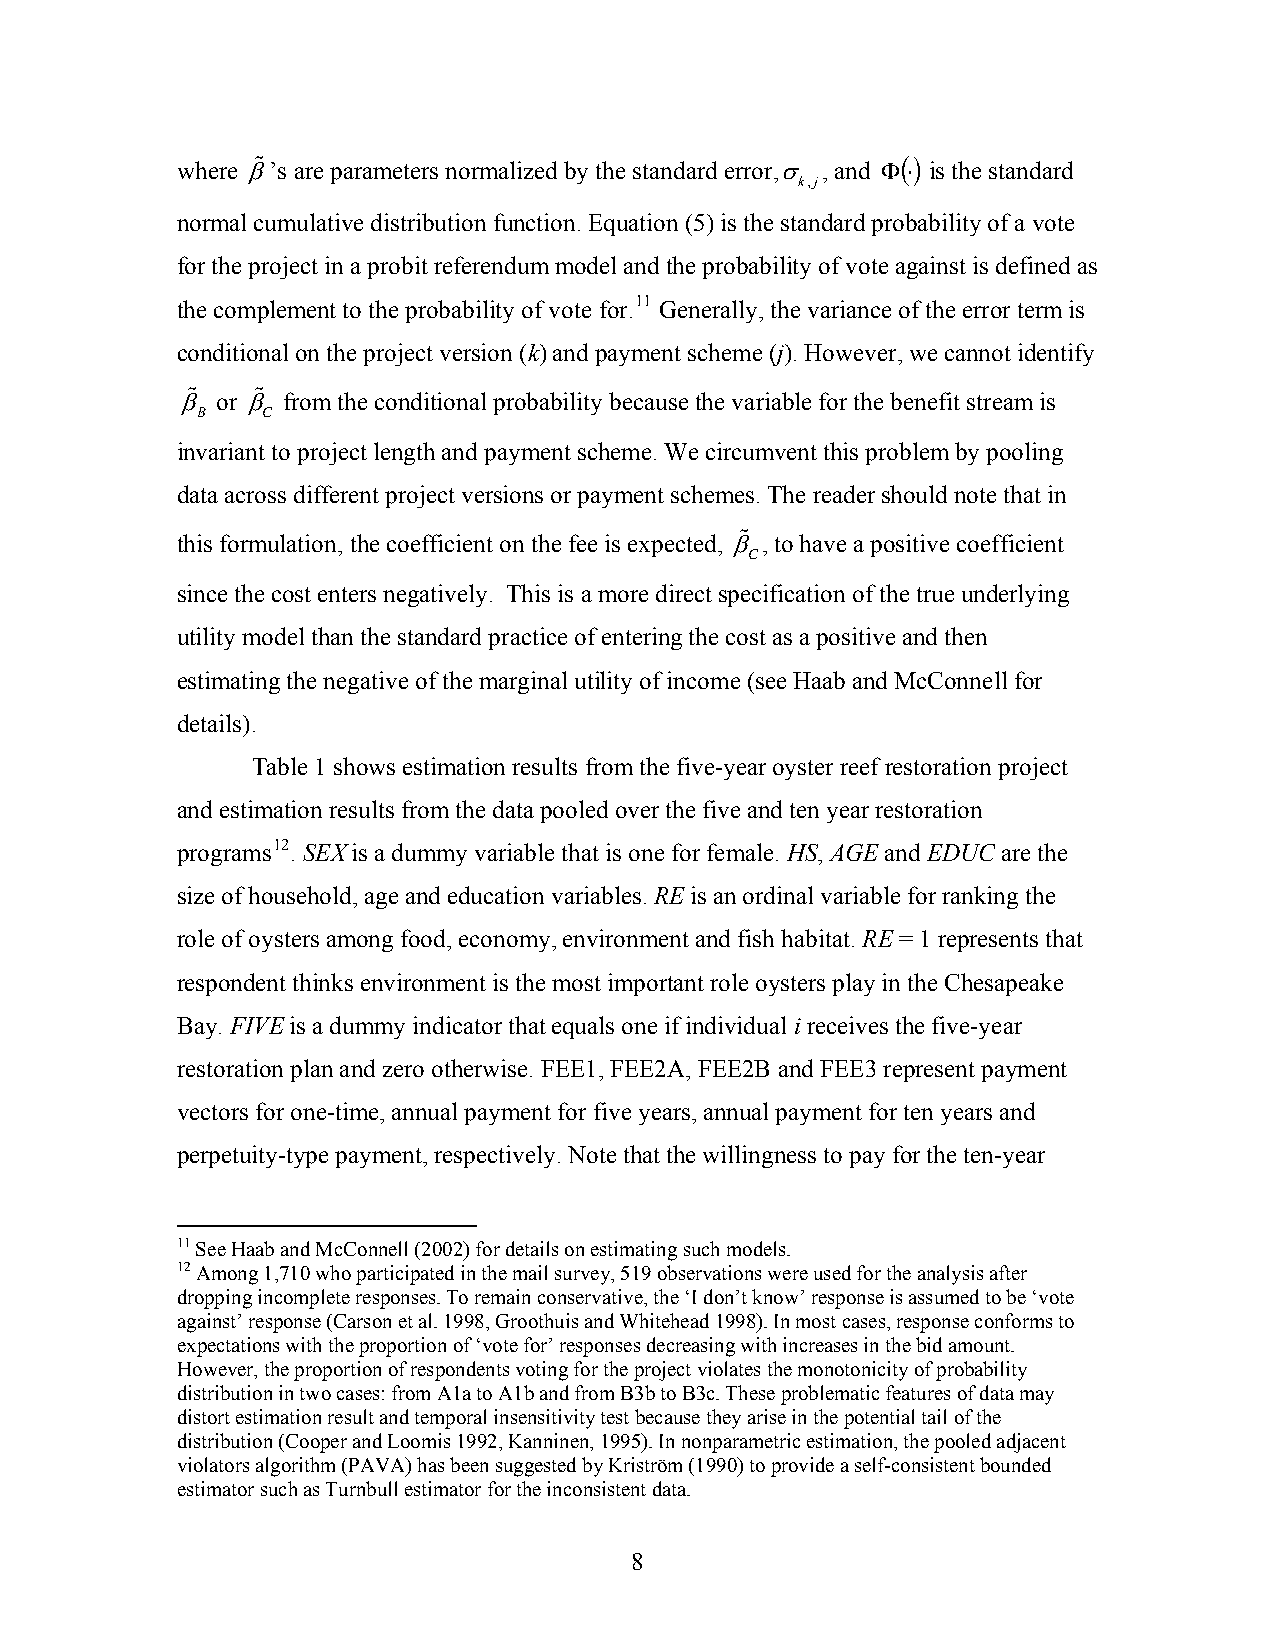
where β%’s are parameters normalized by the standard error,σ , and Φ( ⋅) is the standard
 k,j
 normal cumulative distribution function. Equation (5) is the standard probability of a vote
 for the project in a probit referendum model and the probability of vote against is defined as
 the complement to the probability of vote for.11 Generally, the variance of the error term is
 conditional on the project version (k) and payment scheme (j). However, we cannot identify
 β% or β% from the conditional probability because the variable for the benefit stream is
 B   C
 invariant to project length and payment scheme. We circumvent this problem by pooling
 data across different project versions or payment schemes. The reader should note that in
 this formulation, the coefficient on the fee is expected, β% , to have a positive coefficient
 C
 since the cost enters negatively. This is a more direct specification of the true underlying
 utility model than the standard practice of entering the cost as a positive and then
 estimating the negative of the marginal utility of income (see Haab and McConnell for
 details).
 Table 1 shows estimation results from the five-year oyster reef restoration project
 and estimation results from the data pooled over the five and ten year restoration
 programs12. SEX is a dummy variable that is one for female. HS, AGE and EDUC are the
 size of household, age and education variables. RE is an ordinal variable for ranking the
 role of oysters among food, economy, environment and fish habitat. RE = 1 represents that
 respondent thinks environment is the most important role oysters play in the Chesapeake
 Bay. FIVE is a dummy indicator that equals one if individual i receives the five-year
 restoration plan and zero otherwise. FEE1, FEE2A, FEE2B and FEE3 represent payment
 vectors for one-time, annual payment for five years, annual payment for ten years and
 perpetuity-type payment, respectively. Note that the willingness to pay for the ten-year
 11 See Haab and McConnell (2002) for details on estimating such models.
 12 Among 1,710 who participated in the mail survey, 519 observations were used for the analysis after
 dropping incomplete responses. To remain conservative, the ‘I don’t know’ response is assumed to be ‘vote
 against’ response (Carson et al. 1998, Groothuis and Whitehead 1998). In most cases, response conforms to
 expectations with the proportion of ‘vote for’ responses decreasing with increases in the bid amount.
 However, the proportion of respondents voting for the project violates the monotonicity of probability
 distribution in two cases: from A1a to A1b and from B3b to B3c. These problematic features of data may
 distort estimation result and temporal insensitivity test because they arise in the potential tail of the
 distribution (Cooper and Loomis 1992, Kanninen, 1995). In nonparametric estimation, the pooled adjacent
 violators algorithm (PAVA) has been suggested by Kriström (1990) to provide a self-consistent bounded
 estimator such as Turnbull estimator for the inconsistent data.
 8